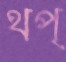
থপ্‌